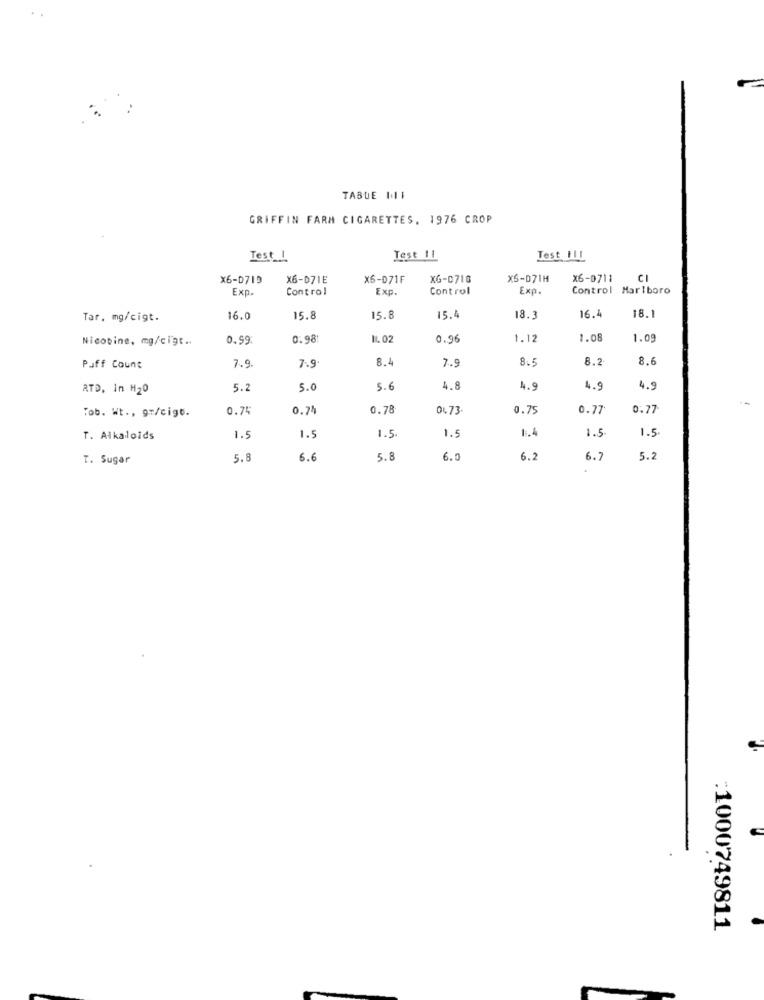
TABUE I11
GRIFFIN FARM CIGARETTES, 1976 CROP
Test 1
Test II
Test FII
X6-0719
X6-DZIE
X6-071F
XG-D710
X5-D71H
x6-0711
CI
Exp
Control
Exp
Control
Exp
Control Marlboro
18.1
Tar, mg/cigt.
16.0
15.8
15.8
15.4
18.3
16.4
Nicotine, mg/cigt ..
0.59
0.98
11. 02
0.96
1.12
1.08
1.0
7.9.
7.9
8.4
7.9
8.5
8.2
8.6
Puff Count
RTD, in M20
5.2
5.0
5.6
4.8
4.9
4.9
4.9
--
Tob. Wt ., gr/cigo.
0.74
0.74
0.78
0473
0.75
0.77
0.77
1.5
1.4
1.5
1.5
T. Alkaloids
1.5
1.5
1.5
T. Sugar
5.8
6.6
5.8
6.0
6.2
6.7
5.2
:1000749811